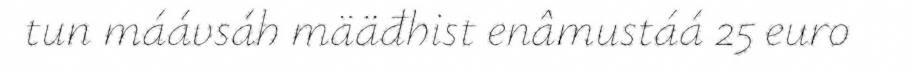
tun máávsáh määđhist enâmustáá 25 euro